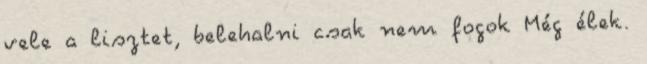
vele a lisztet, belehalni csak nem fogok Még élek.